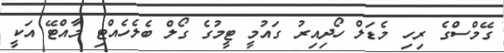
ގޭމްސްގެ ރިހި މެޑަލް ހޯދިއިރު ގައުމީ ޓީމުގެ ގޯލް ބެލެހެއްޓި މާއްޓޭ އަކީ